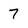
Character: 7